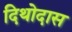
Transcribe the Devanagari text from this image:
दिथोदास